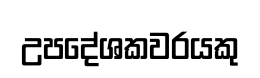
උපදේශකවරයකු